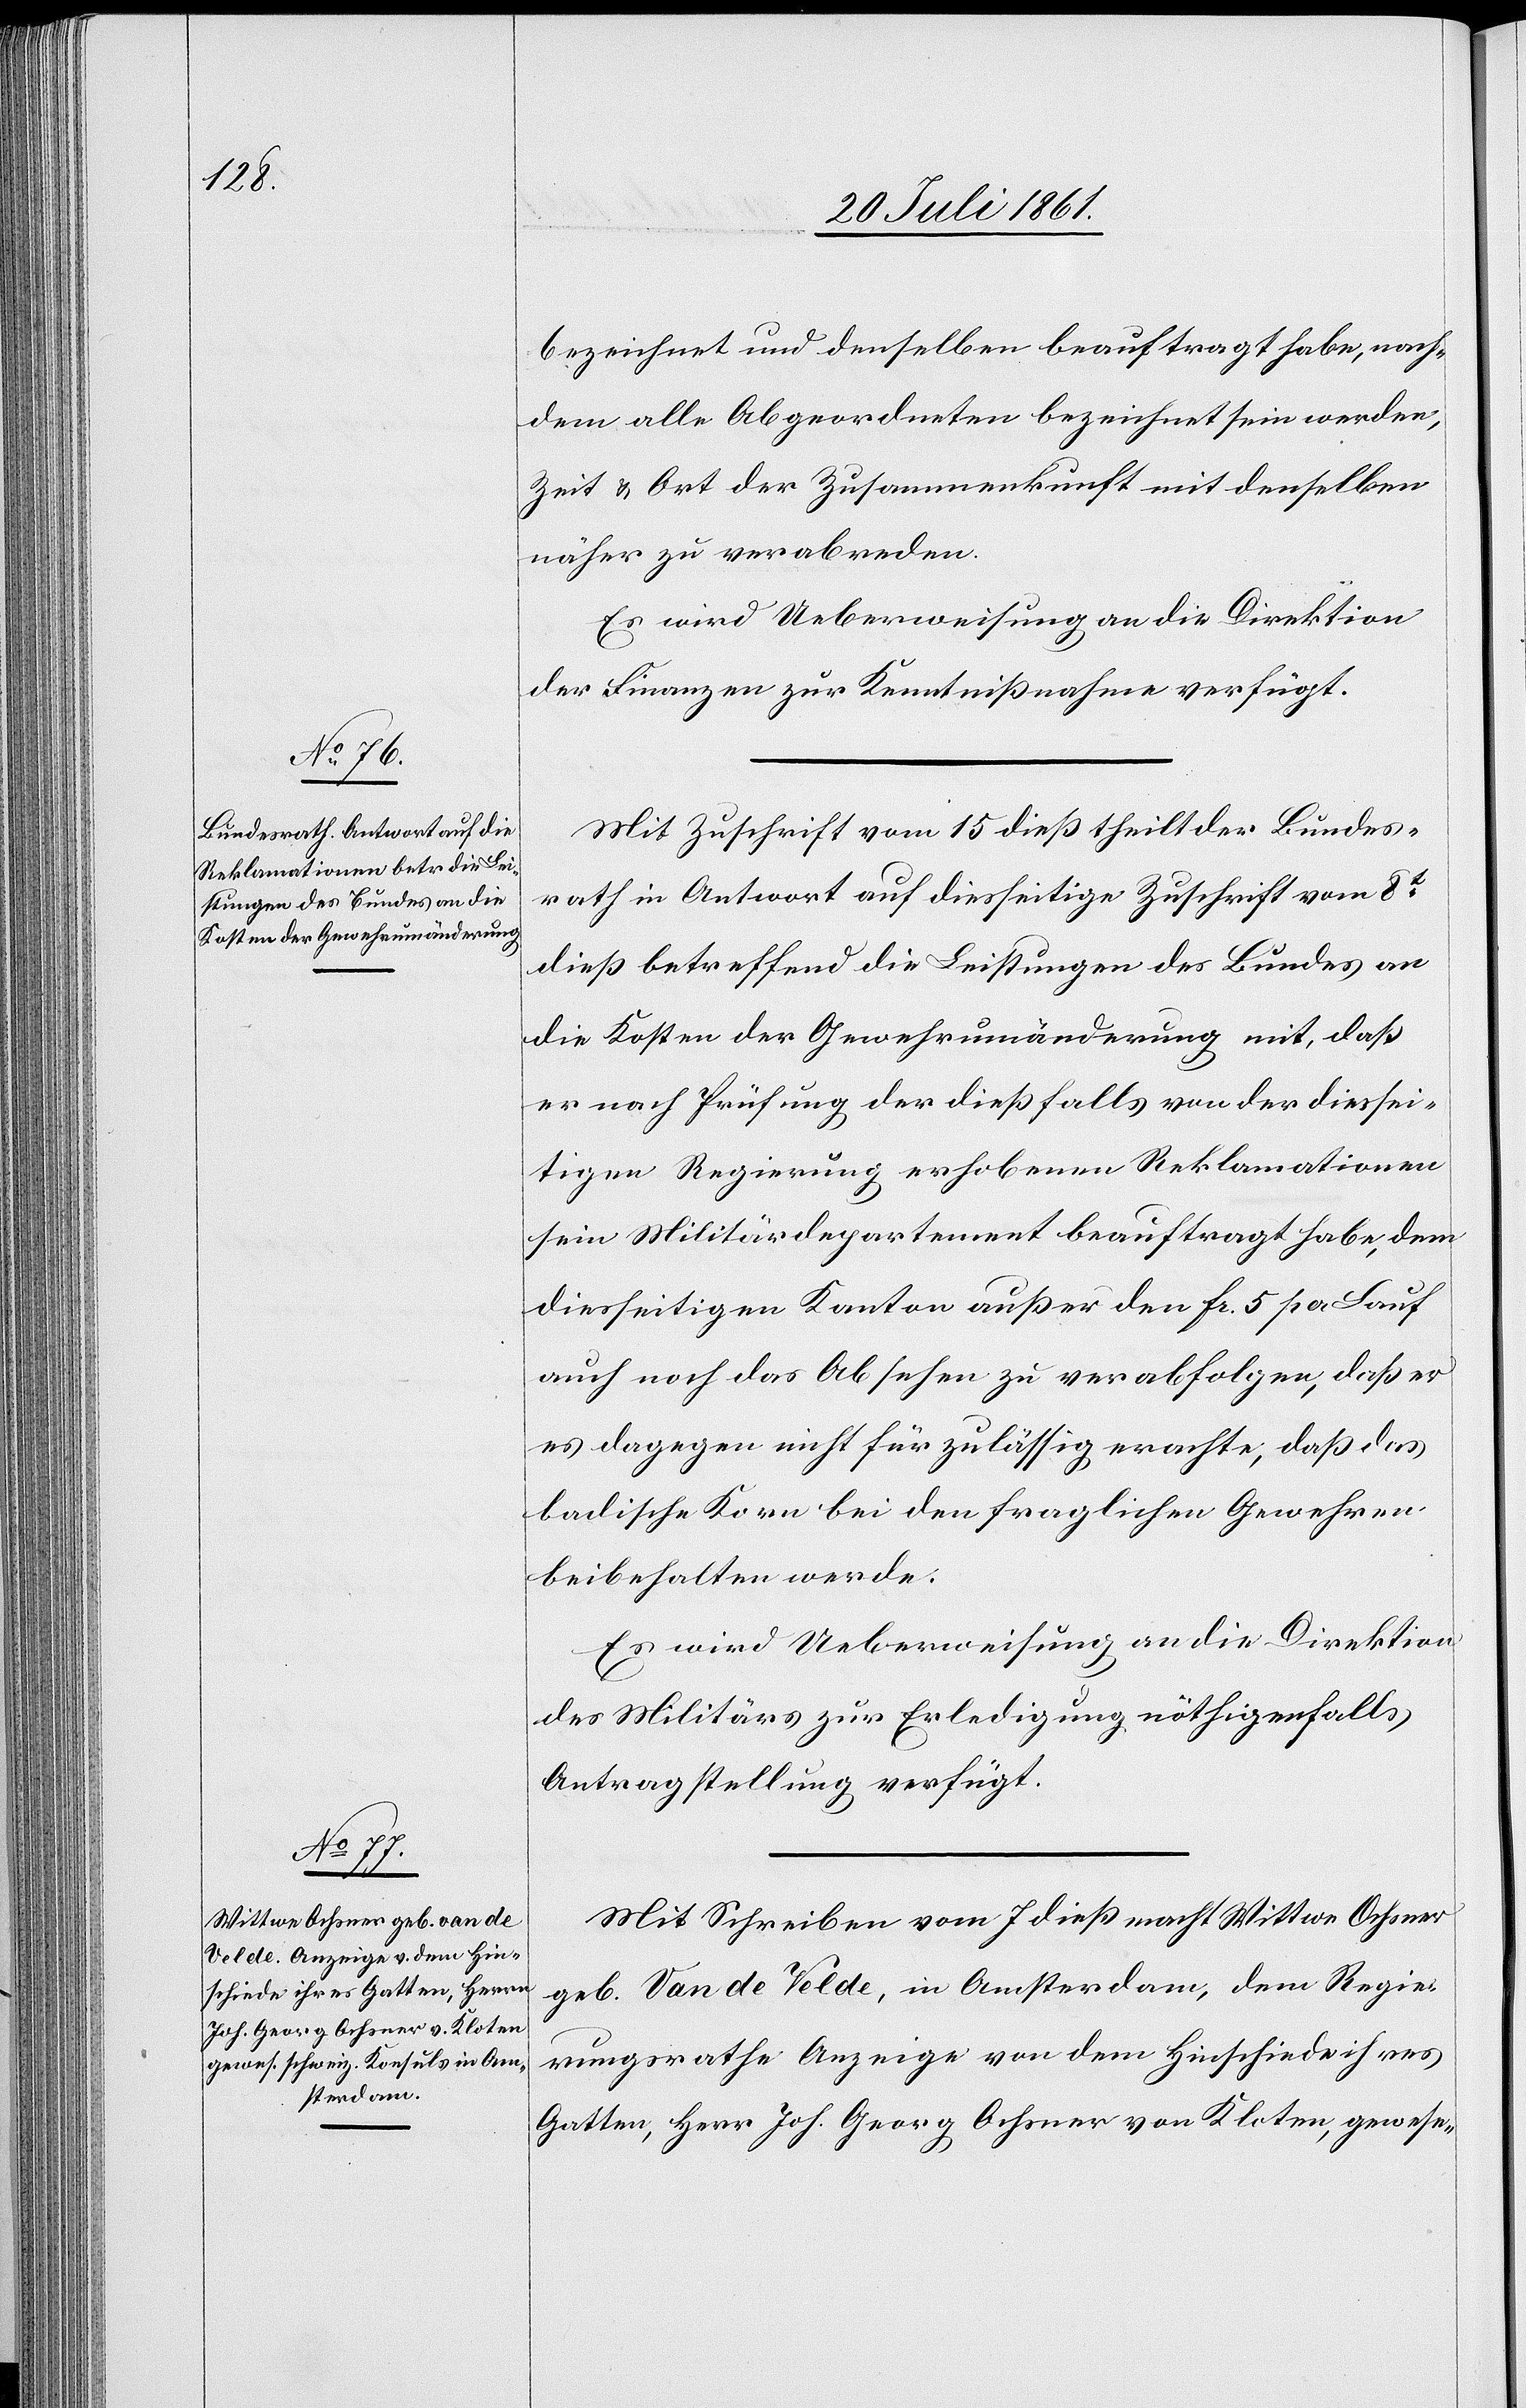
bezeichnet und denselben beauftragt habe, nach¬
dem alle Abgeordneten bezeichnet sein werden,
Zeit u. Ort der Zusammenkunft mit denselben
näher zu verabreden.
Es wird Ueberweisung an die Direktion
der Finanzen zur Kenntnißnahme verfügt.
Mit Zuschrift vom 15 dieß theilt der Bundes¬
rath in Antwort auf diesseitige Zuschrift vom 8t
dieß betreffend die Leistungen des Bundes an
die Kosten der Gewehrumänderung mit, daß
er nach Prüfung der dießfalls von der diessei¬
tigen Regierung erhobenen Reklamationen
sein Militärdepartement beauftragt habe, dem
diesseitigen Kanton außer den Fr. 5 pro Lauf
auch noch das Absehen zu verabfolgen, daß e¬
r dagegen nicht für zulässig erachte, daß das
badische Korn bei den fraglichen Gewehren
beibehalten werde.
Es wird Ueberweisung an die Direktion
des Militärs zur Erledigung nöthigenfalls
Antragstellung verfügt.
Mit Schreiben vom 7 dieß macht Wittwe Ochsner
geb. Van de Velde, in Amsterdam, dem Regie¬
rungsrathe Anzeige von dem Hinschiede ihres
Gatten, Herr Joh. Georg Ochsner von Kloten, gewes-